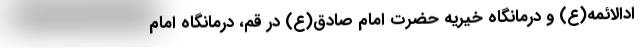
ادالائمه(ع) و درمانگاه خیریه حضرت امام صادق(ع) در قم، درمانگاه امام